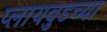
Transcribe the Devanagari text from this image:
प्लायवुडच्या